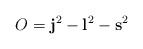
LaTeX: \begin{align*}O={\bf j}^2-{\bf l}^2-{\bf s}^2\end{align*}